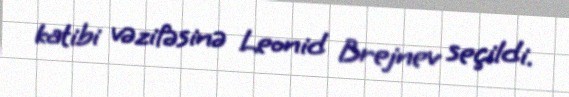
katibi vəzifəsinə Leonid Brejnev seçildi.